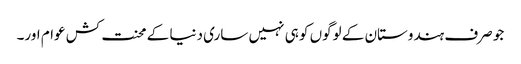
جو صرف ہندوستان کے لوگوں کو ہی نہیں ساری دنیا کے محنت کش عوام اور۔